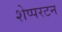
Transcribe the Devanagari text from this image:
शेप्परटन